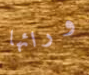
ورائها